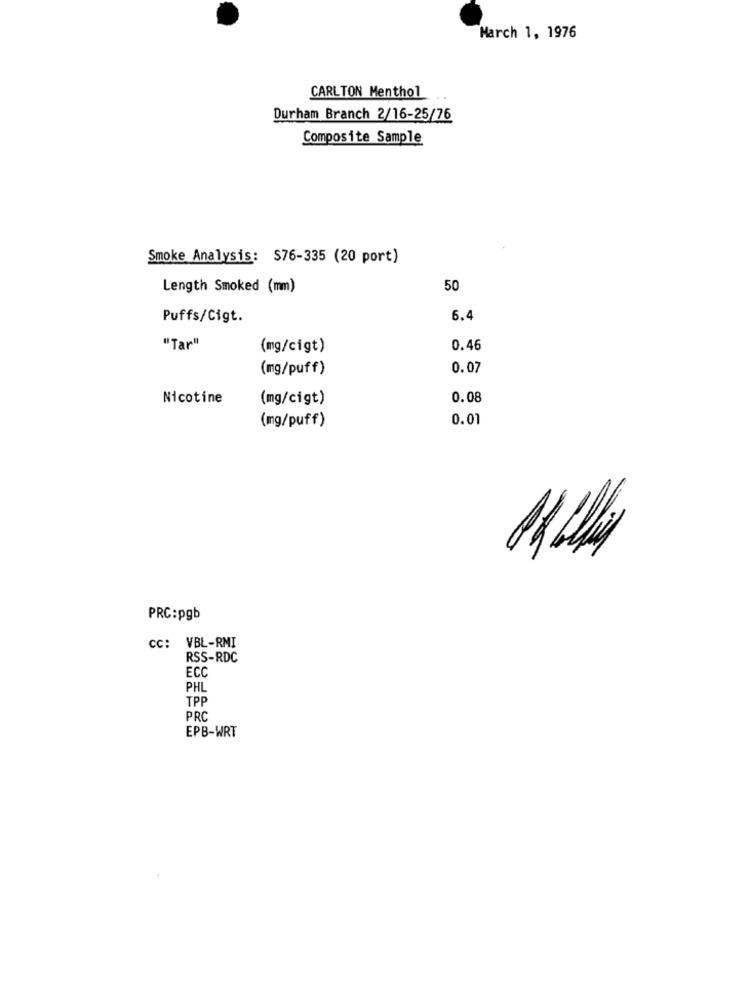
March 1, 1976
CARLTON Menthol
Durham Branch 2/16-25/76
Composite Sample
Smoke Analysis: $76-335 (20 port)
Length Smoked (mm)
50
Puffs/Cigt.
6.4
"Tar"
(mg/cigt)
0.46
(mg/puff)
0.07
Nicotine
(mg/cigt)
0.08
0.01
(mg/puff)
PRC:pgb
CC: VBL-RMI
RSS-RDC
ECC
PHL
TPP
PRC
EPB-WRT